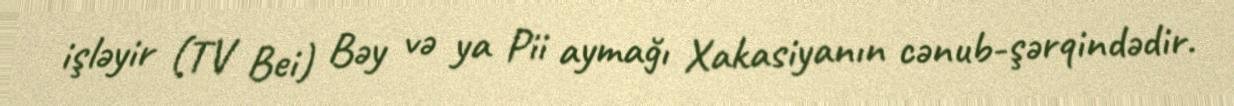
işləyir (TV Bei) Bəy və ya Pii aymağı Xakasiyanın cənub-şərqindədir.